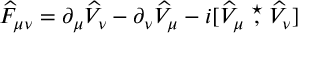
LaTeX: { \widehat F } _ { \mu \nu } = \partial _ { \mu } { \widehat V } _ { \nu } - \partial _ { \nu } { \widehat V } _ { \mu } - i [ { \widehat V } _ { \mu } \stackrel { \star } { , } { \widehat V } _ { \nu } ]